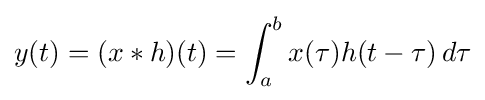
y(t)=(x*h)(t)=\int _{a}^{b}x(\tau )h(t-\tau )\,d\tau